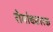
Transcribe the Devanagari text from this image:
रोमांचकारक